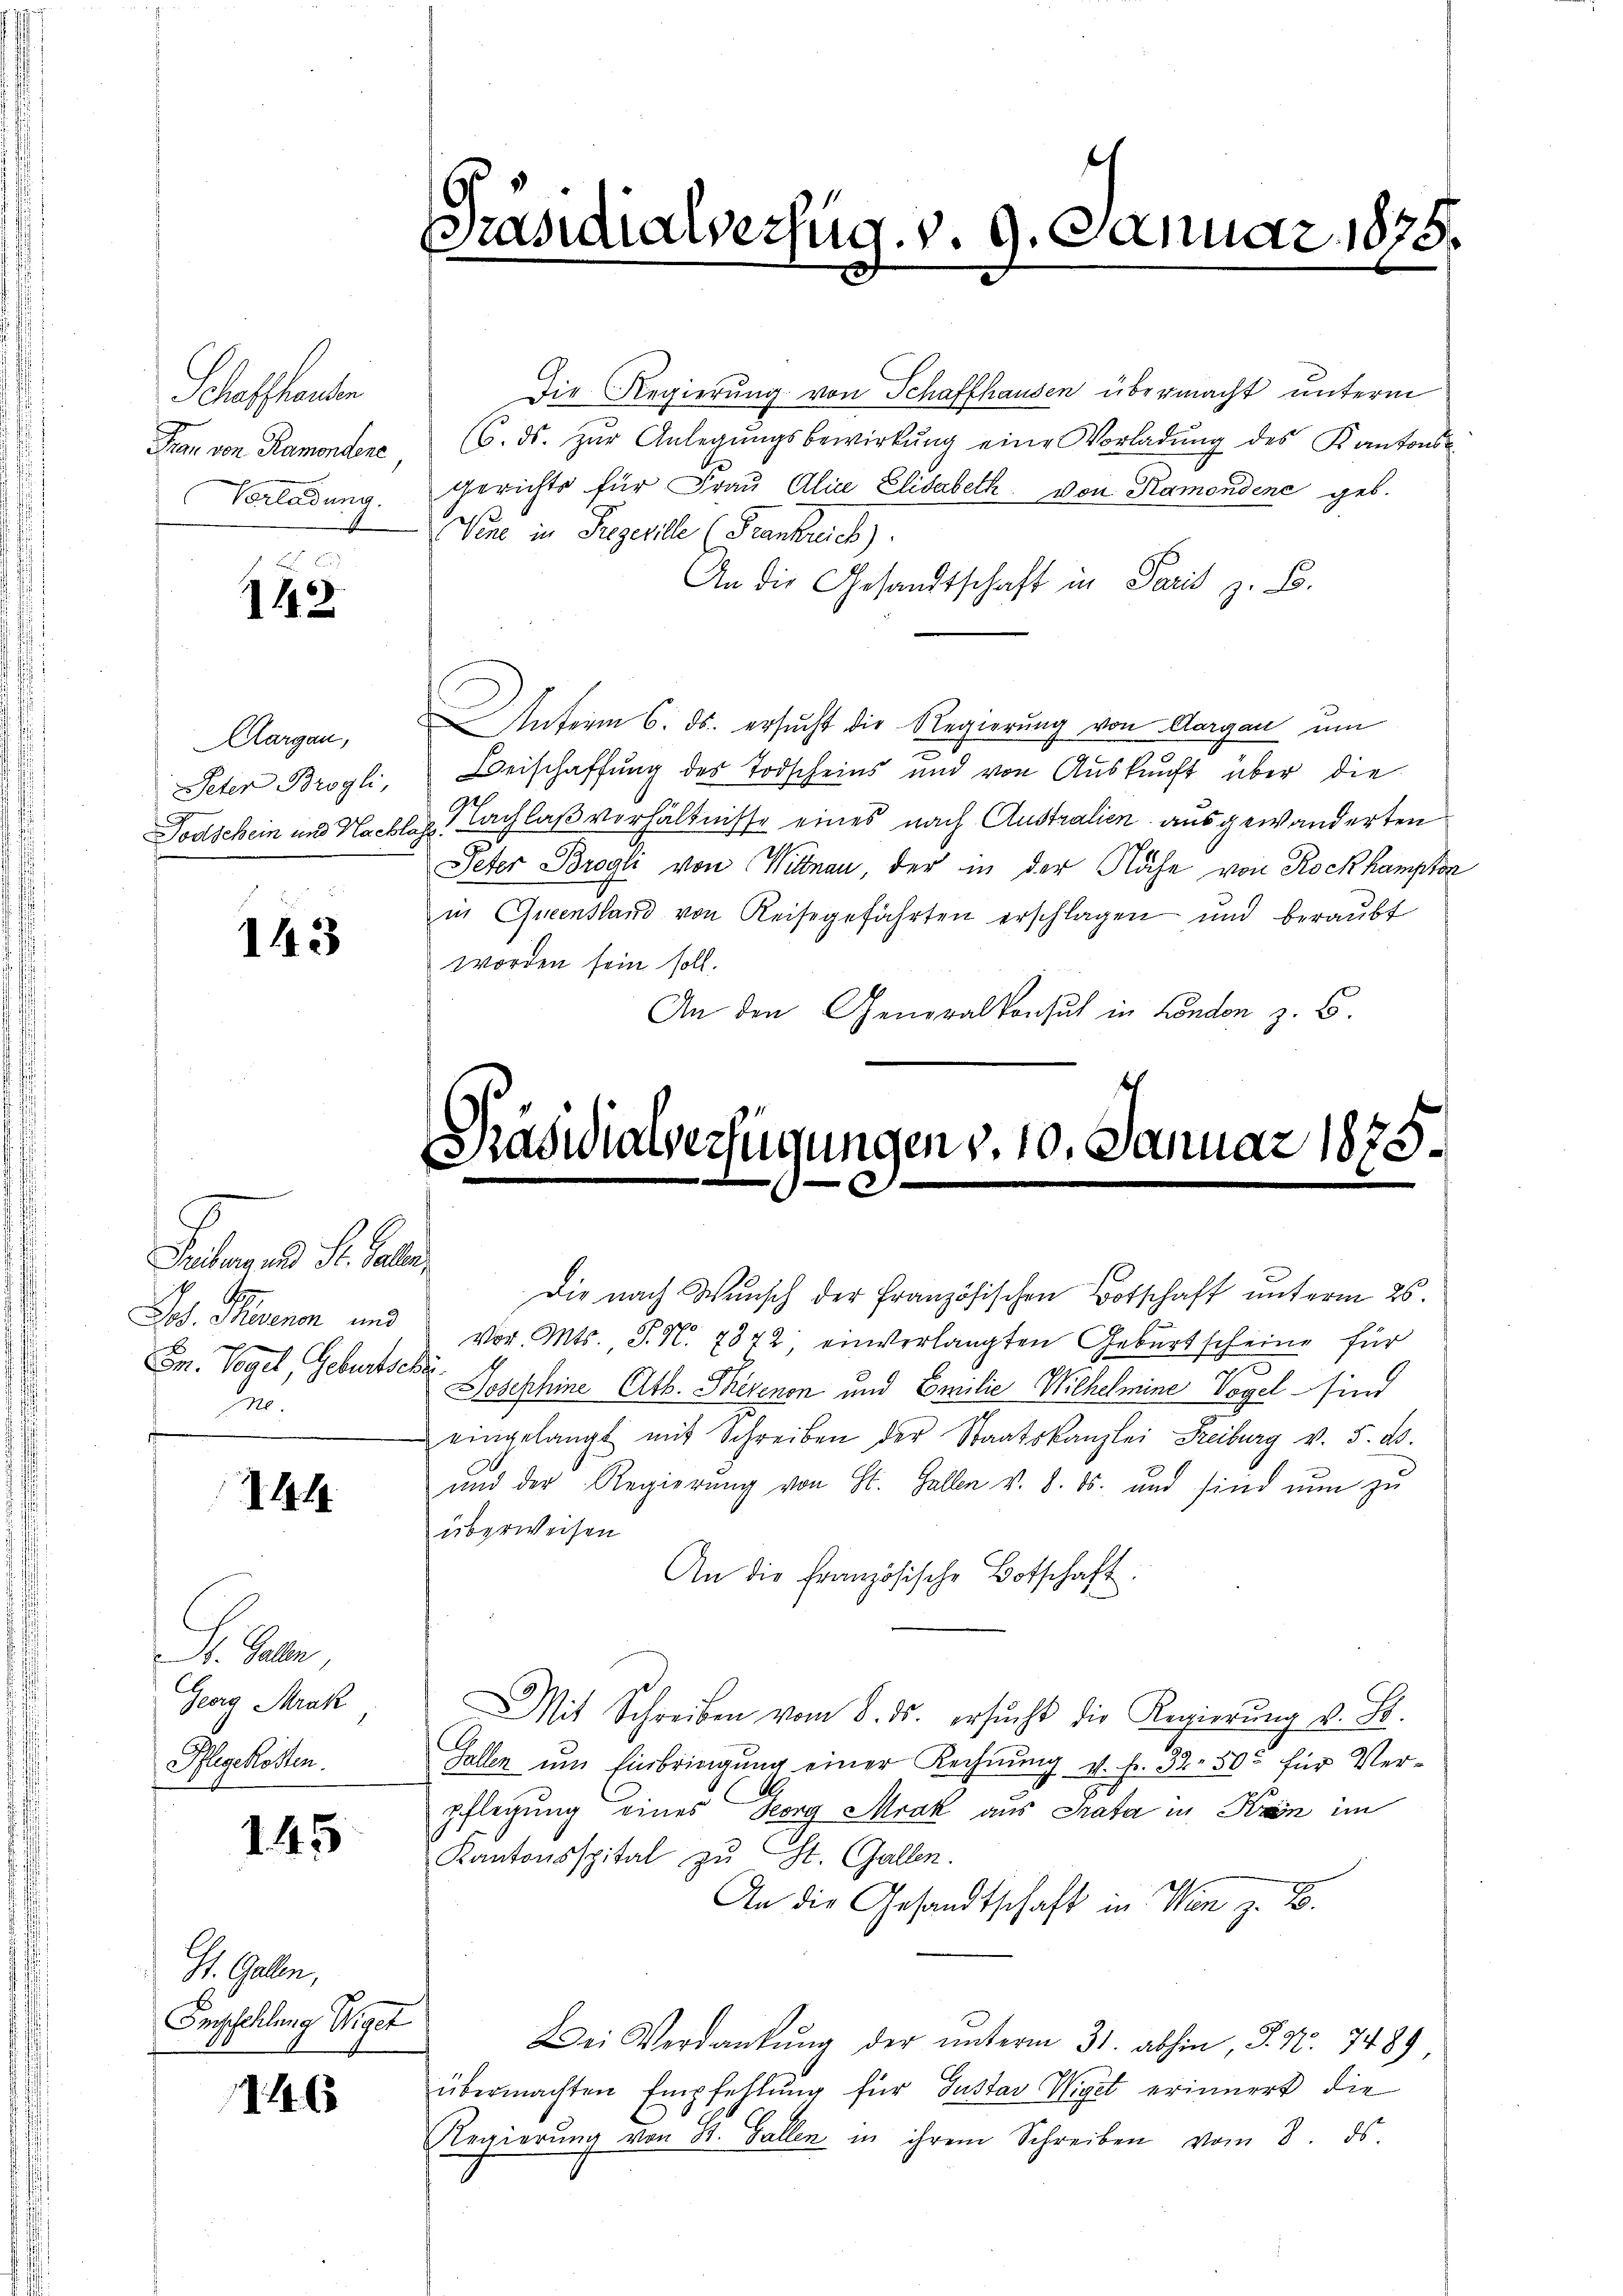
Scheffenden
Frau von Ramondere
Vorladung.

14

Aargau,
Peter Brogli,
Todschein und Nacht.

143

Fatanen d. Galle
Jos. Peener und
En. Vogel, Geburtschi
M.

14

. Galle
Georg Mrak
Pflegekosten.

145

St. Gallen,
Empfehlung Wiget

46

Präsidialverfüg. v. 9. Januar 1875.
f

Die Regierung von Schaffhausen übermacht unterm
(6. ds. zŭr Anlegŭngsbewirkŭng eine Vorladŭng des Kantons-
Gerichts für Frau Ali Elisabeth von Ramondene geb.
Wie in Riegetile (Frankreich).
An die Gesandtschaft in Paris z. B.
Anferm 6. ds. ersucht die Regierung von Aargau um
Beischaffung des Todscheins und von Auskunft über die
24/
. Nachlaß verhältnisse eines nach Australien ausgewanderten
Peter Brogli von Wittnau der in der Nähe von Rockkampton
in Queensland von Reisegefährten erschlagen und beraubt
worden sein soll.
An den Generalkonsul in London z. B

Präsidialverfügungen v. 10. Januar 1875.

Die nach Wunsch der Französischen Botschaft unterm 26.
Vor. Mts. S. N. 7872 einverlangten Geburtscheine für
s
Josephine Atb. Therenon und Emilie Wilhelmine Vogel sind
eingelangt mit Schreiben der Staatskanzlei Freiburg v. 5. ds.
und der Regierŭng von St. Gallen v. 8. ds. und sind nŭn zŭ
überweisen
An die Französische Botschaft.
Mit Schreiben vom 8. ds. ersŭcht die Regierŭng v. St.
Gallen um Einbringung einer Rechnung v. fr. 32. 500 für Verpflegung eines Georg Mrak aus Stata in Krin im
Kantonsspital zu St. Gallen.
An die Gesandtschaft in Wien z. B.
Bei Verdankung der unterm 31. abhin, S. Nr. 7489
übermachten Empfehlung für Gustav Wiget erinnert die
Regierŭng von St. Gallen in ihrem Schreiben vom 8. ds.